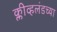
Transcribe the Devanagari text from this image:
क्लीव्हलंडच्या